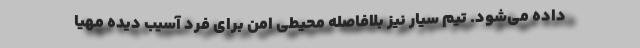
داده می‌شود. تیم سیار نیز بلافاصله محیطی امن برای فرد آسیب دیده مهیا